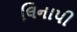
લિનાપી